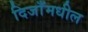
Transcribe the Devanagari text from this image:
दिजाँमधील